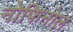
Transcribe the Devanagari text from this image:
नोफिनोल